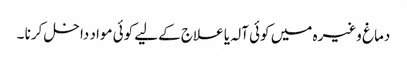
دماغ وغیرہ میں کوئی آلہ یا علاج کےلیے کوئی مواد داخل کرنا ۔